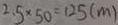
2 . 5 \times 5 0 = 1 2 5 ( m )